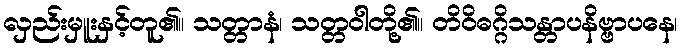
လှည်းမှူးနှင့်တူ၏။ သတ္တာနံ၊ သတ္တဝါတို့၏။ တိဝိဓဂ္ဂိသန္တာပနိဗ္ဗာပနေ၊